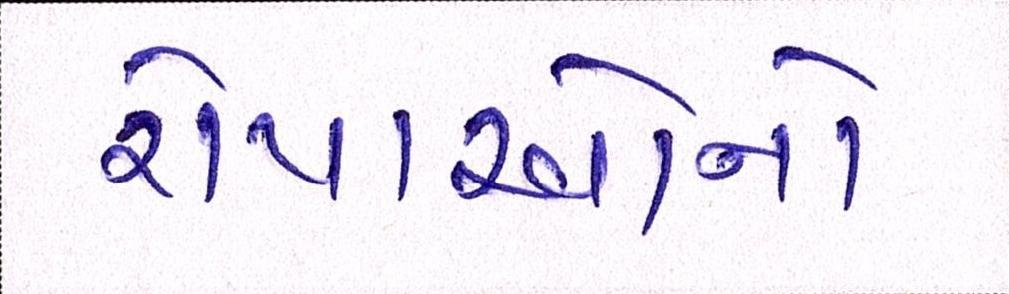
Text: રોપાઓનો